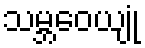
သမ္ဘဝေယျုံ